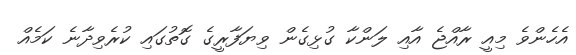
އެހެންވެ މިއީ ރާއްޖެ އާއި ލަންކާ ގުޅިގެން ވިޔަފާރީގެ ގޮތުގައި ކުރެވިދާނެ ކަމެއް